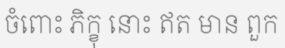
ចំពោះ ភិក្ខុ នោះ ឥត មាន ពួក